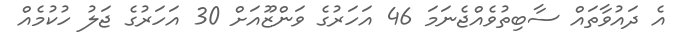
އެ ދައުވާތައް ސާބިތުވެއްޖެނަމަ 46 އަހަރުގެ ވަންޒޫއަށް 30 އަހަރުގެ ޖަލު ހުކުމެއް